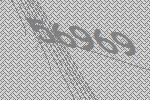
56969